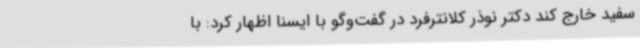
سفید خارج کند دکتر نوذر کلانترفرد در گفت‌وگو با ایسنا اظهار کرد: با